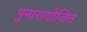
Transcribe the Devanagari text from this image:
पुनारायोजित